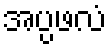
အပ္ပဖလံ